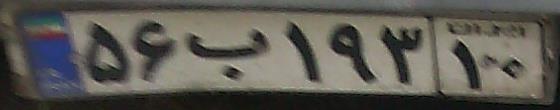
۵۶ب۱۹۳۱۰